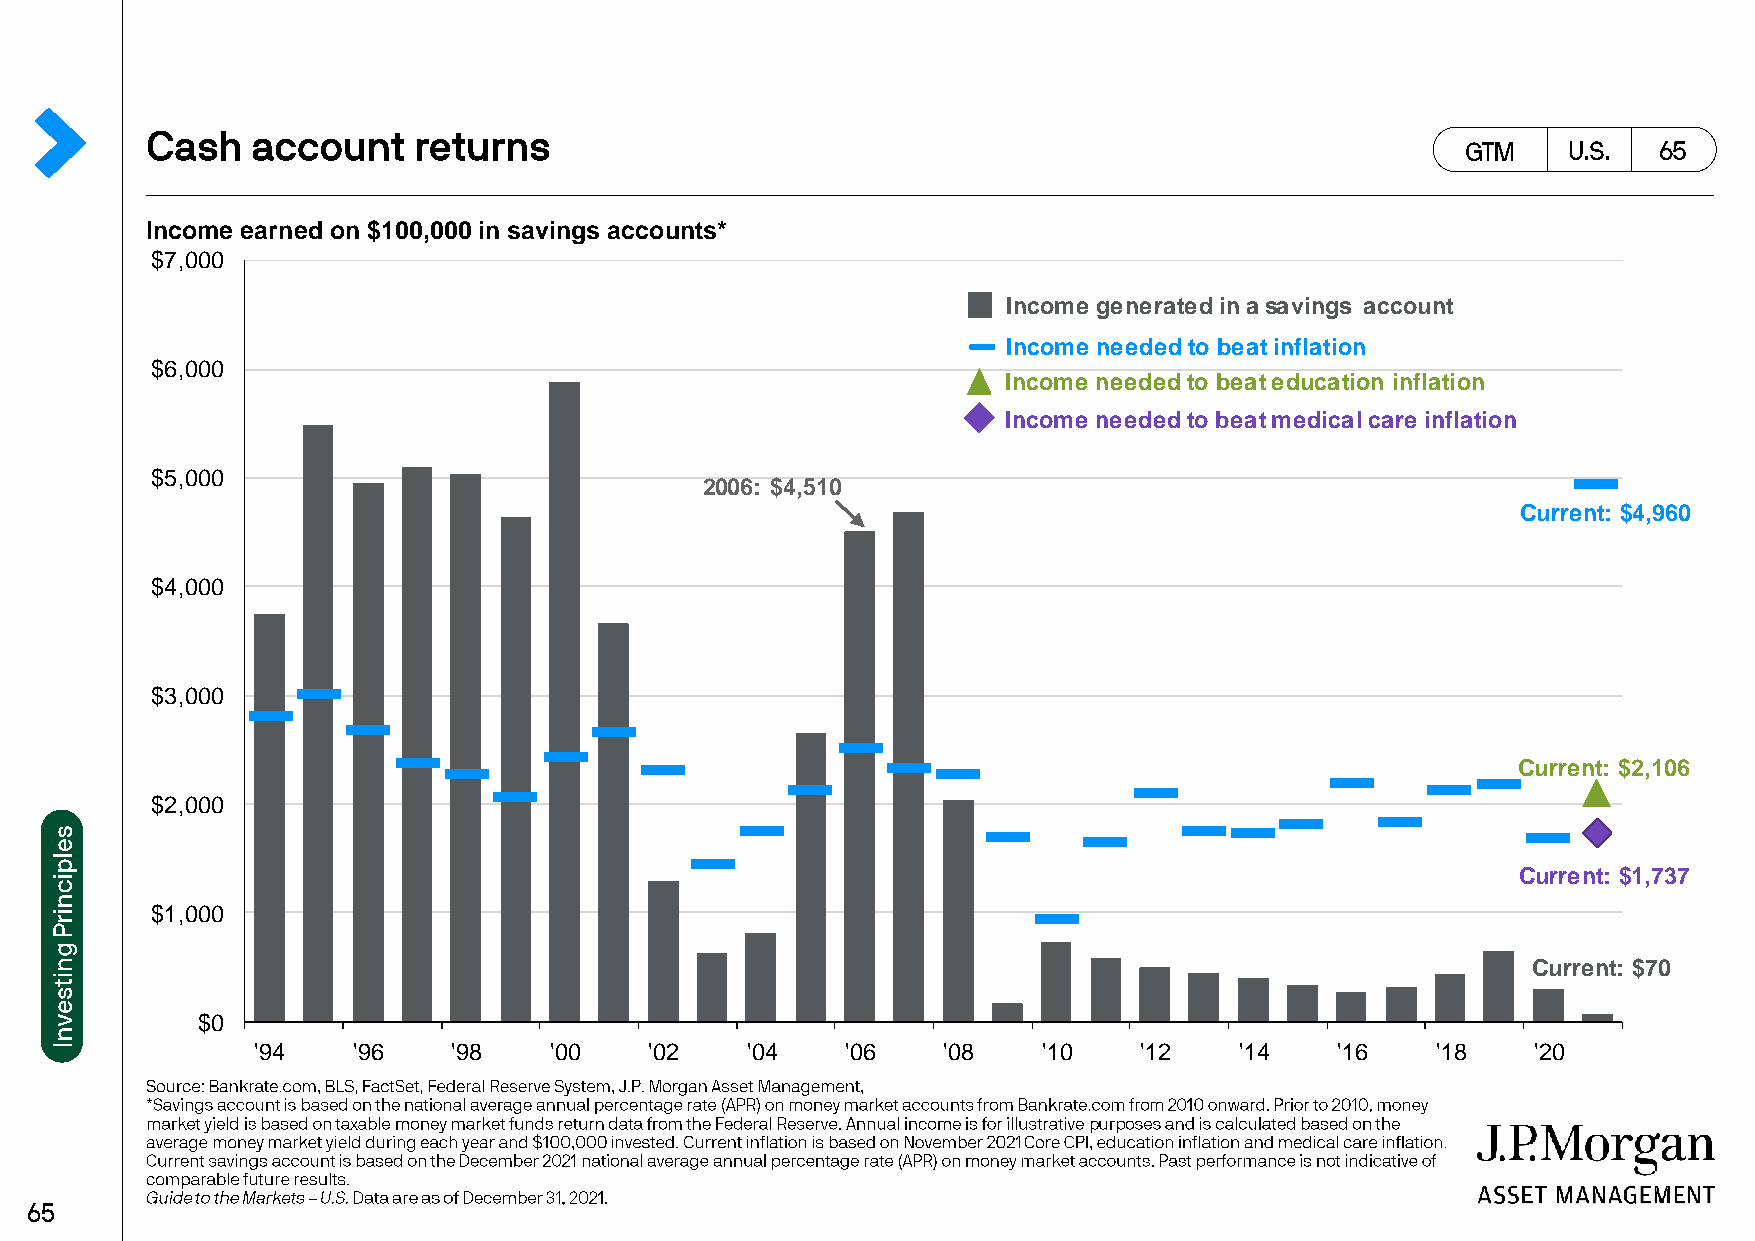
Income earned on $100,000 in savings accounts*
 $7,000
 Income generated in a savings account
 Income needed to beat inflation
 $6,000
 Income needed to beat education inflation
 Income needed to beat medical care inflation
 $5,000
 2006: $4,510
 Current: $4,960
 $4,000
 $3,000
 Current: $2,106
 $2,000
 Current: $1,737
 $1,000
 Current: $70
 $0
 '94   '96    '98   '00    '02   '04    '06   '08    '10   '12    '14   '16    '18    '20